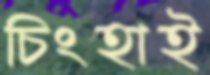
চিংহাই